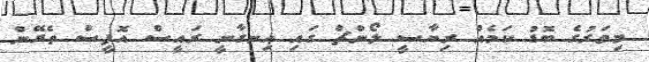
މިވަރުގެ ބޮޑު ކަމެެއް ރިޔާސީ ލޯންޗް ގައި ހިނގާނީ ރައީސް އޮފީސް ތެރޭން